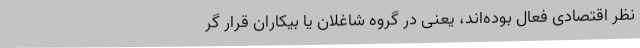
نظر اقتصادی فعال بوده‌اند، یعنی در گروه شاغلان یا بیکاران قرار گر